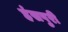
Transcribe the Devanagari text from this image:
हंसपुरी